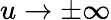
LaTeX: u\rightarrow\pm\infty